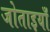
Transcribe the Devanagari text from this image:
जोताइयाँ